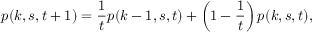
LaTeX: p ( k , s , t + 1 ) = { \frac { 1 } { t } } p ( k - 1 , s , t ) + \left( 1 - { \frac { 1 } { t } } \right) p ( k , s , t ) ,